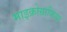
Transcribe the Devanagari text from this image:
माइक्रोग्राफिया